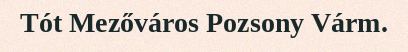
Tót Mezőváros Pozsony Várm.